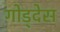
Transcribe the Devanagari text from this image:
गोड्देस